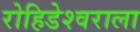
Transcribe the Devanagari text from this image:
रोहिडेश्वराला